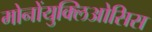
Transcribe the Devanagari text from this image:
मोनोंयुक्लिओसिस